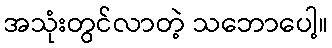
အသုံးတွင်လာတဲ့ သဘောပေါ့။